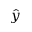
\hat { y }